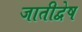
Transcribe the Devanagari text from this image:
जातीद्वेष